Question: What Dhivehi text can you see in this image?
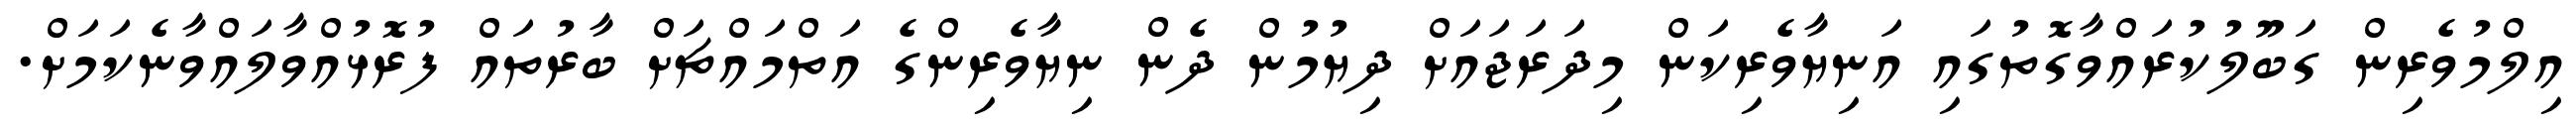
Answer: އިލްމުވެރިން ގަބޫލުކުރައްވާގޮތުގައި އަނިޔާވެރިކަން މިދަރަޖައަށް ދިޔުމުން ދެން ނިޔާވެރިންގެ އަތްމައްޗަށް ބާރުތައް ފުރޮޅުއްވާލައްވާނެކަމަށް.